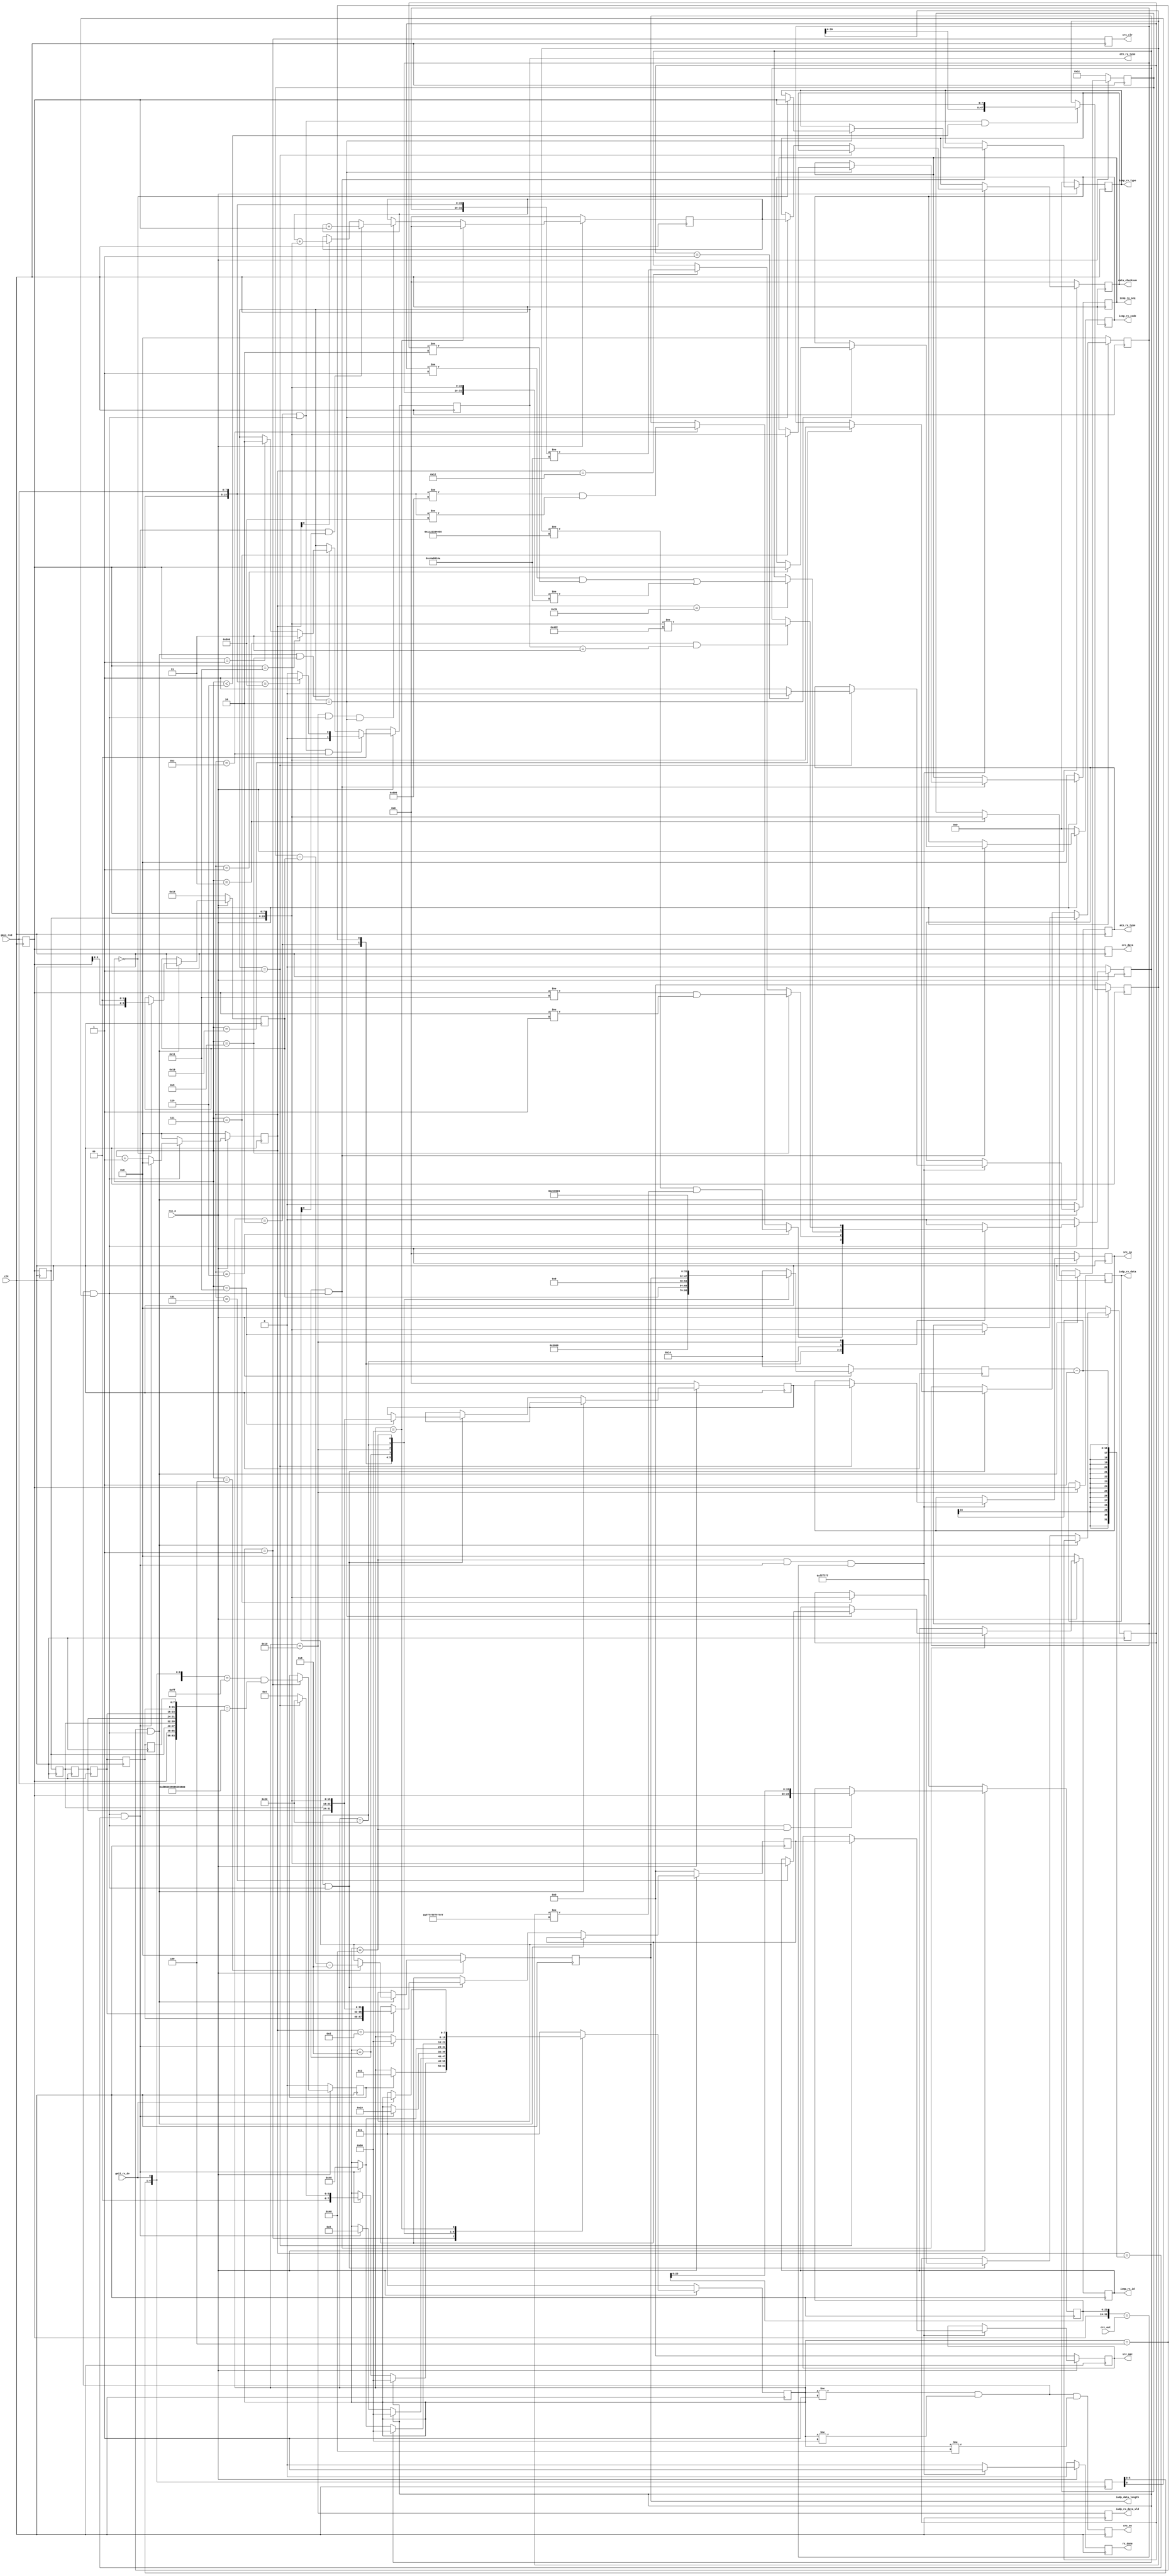
//--###############################################################################################
//--#
//--# File Name		: 
//--# Designer		: zdw
//--# Tool			: Vivado 2021.1
//--# Design Date	: 2024.1.23
//--# Description	: ARPICMPUDP
//--# Version		: 0
//--# Coding scheme	: GBKIf the Chinese comment of the file is garbled, please do not save it and check whether the file is opened in GBK encoding mode
//--#
//--###############################################################################################
module udp_rx #(
    parameter       BOARD_MAC   =   48'h00_11_22_33_44_55       ,//MAC 00-11-22-33-44-55;
    parameter       BOARD_IP    =   {8'd192,8'd168,8'd1,8'd10}  ,//IP 192.168.1.10;
    parameter       BOARD_PORT  =   16'd1234                     //UDP
)(
    input                           clk                         ,//;
    input                           rst_n                       ,//;
    input                           gmii_rx_dv                  ,//GMII
    input           [7 : 0]         gmii_rxd                    ,//GMII

    input           [31 : 0]        crc_out                     ,//CRC;
    output  reg     [7 : 0]         crc_data                    ,//CRC;
    output  reg                     crc_en                      ,//CRC
    output  reg                     crc_clr                     ,//CRC 

    output  reg     [1 : 0]         eth_rx_type                 ,//1ARP2ICMP3UDP
    output  reg                     rx_done                     ,//
    output  reg     [ 7 : 0]        iudp_rx_data                ,//
    output  reg                     iudp_rx_data_vld            ,//
    output  reg     [15 : 0]        iudp_data_length            ,// :byte 
    output  reg     [31 : 0]        data_checksum               ,//ICMP
    output  reg     [7 : 0]         icmp_rx_type                ,//ICMP
    output  reg     [7 : 0]         icmp_rx_code                ,//ICMP
    output  reg     [15 : 0]        icmp_rx_id                  ,//ICMPID
    output  reg     [15 : 0]        icmp_rx_seq                 ,//ICMP
    output  reg     [47 : 0]        src_mac                     ,//ARPMAC
    output  reg     [31 : 0]        src_ip                      ,//ARPIP
    output  reg                     arp_rx_type                  //ARP0
);
    localparam      IDLE        =   8'b0000_0001                ;//
    localparam      ETH_HEAD    =   8'b0000_0010                ;//
    localparam      IP_HEAD     =   8'b0000_0100                ;//IP
    localparam      IUDP_HEAD   =   8'b0000_1000                ;//ICMPUDP
    localparam      IUDP_DATA   =   8'b0001_0000                ;//ICMPUDP
    localparam      ARP_DATA    =   8'b0010_0000                ;//ARP
    localparam      CRC         =   8'b0100_0000                ;//CRC
    localparam      RX_END      =   8'b1000_0000                ;//
    //
    localparam      IP_TPYE     =   16'h0800                    ;// IP
    localparam      ARP_TPYE    =   16'h0806                    ;// ARP
    localparam      ICMP_TYPE   =   8'd01                       ;//ICMP
    localparam      UDP_TYPE    =   8'd17                       ;//UDP
     
    reg                             start                       ;//SFD
    reg                             error_flag                  ;//ARPICMPUDP
    reg             [7 : 0]	        state_n                     ;//
    reg             [7 : 0]	        state_c                     ;//
    reg             [15 : 0]        cnt                         ;//
    reg             [15 : 0]        cnt_num                     ;//
    reg             [5 : 0]         ip_head_byte_num            ;//IP
    reg             [15 : 0]        ip_total_length             ;//IP
    reg             [15 : 0]        des_ip                      ;//IP
    reg             [7 : 0]         gmii_rxd_r      [6 : 0]     ;//
    reg             [6 : 0]         gmii_rx_dv_r                ;
    reg             [23 : 0]        des_crc                     ;//CRC
    reg             [47 : 0]        des_mac                     ;
    reg             [15 : 0]        opcode                      ;
    reg             [47 : 0]        src_mac_t                   ;
    reg             [31 : 0]        src_ip_t                    ;
    reg             [31 : 0]        reply_checksum_add          ;

    wire       		                add_cnt                     ;
    wire       		                end_cnt                     ;
    
    //The first section: synchronous timing always module, formatted to describe the transfer of the secondary register to the live register ?
    always@(posedge clk)begin
        if(!rst_n)begin
            state_c <= IDLE;
        end
        else begin
            state_c <= state_n;
        end
    end
    
    //The second paragraph: The combinational logic always module describes the state transition condition judgment.
    always@(*)begin
        case(state_c)
            IDLE:begin
                if(start)begin//SFD
                    state_n = ETH_HEAD;
                end
                else begin
                    state_n = state_c;
                end
            end
            ETH_HEAD:begin
                if(error_flag)begin//
                    state_n = RX_END;
                end
                else if(end_cnt)begin//
                    if(eth_rx_type == 2'd1)//ARPARP
                        state_n = ARP_DATA;
                    else//IP
                        state_n = IP_HEAD;
                end
                else begin
                    state_n = state_c;
                end
            end
            IP_HEAD:begin
                if(error_flag)begin//IP
                    state_n = RX_END;
                end
                else if(end_cnt)begin//IP
                    state_n = IUDP_HEAD;//ICMPUDP
                end
                else begin
                    state_n = state_c;
                end
            end
            IUDP_HEAD:begin
                if(end_cnt)begin//ICMPUDPICMPUDP
                    state_n = IUDP_DATA;
                end
                else begin
                    state_n = state_c;
                end
            end
            IUDP_DATA:begin
                if(end_cnt)begin//ICMPUDPCRC
                    state_n = CRC;
                end
                else begin
                    state_n = state_c;
                end
            end
            ARP_DATA:begin
                if(error_flag)begin//
                    state_n = RX_END;
                end
                else if(end_cnt)begin//
                    state_n = CRC;
                end
                else begin
                    state_n = state_c;
                end
            end
            CRC:begin
                if(end_cnt)begin//CRC
                    state_n = RX_END;
                end
                else begin
                    state_n = state_c;
                end
            end
            RX_END:begin
                if(~gmii_rx_dv)begin//
                    state_n = IDLE;
                end
                else begin
                    state_n = state_c;
                end
            end
            default:begin
                state_n = IDLE;
            end
        endcase
    end

    //6SFD
    //state_cgmii_rxd_r[0]
    always@(posedge clk)begin
        gmii_rxd_r[6] <= gmii_rxd_r[5];
        gmii_rxd_r[5] <= gmii_rxd_r[4];
        gmii_rxd_r[4] <= gmii_rxd_r[3];
        gmii_rxd_r[3] <= gmii_rxd_r[2];
        gmii_rxd_r[2] <= gmii_rxd_r[1];
        gmii_rxd_r[1] <= gmii_rxd_r[0];
        gmii_rxd_r[0] <= gmii_rxd;
        gmii_rx_dv_r <= {gmii_rx_dv_r[5 : 0],gmii_rx_dv};
    end

    //78'h558'hd5
    always@(posedge clk)begin
        if(rst_n==1'b0)begin//0;
            start <= 1'b0;
        end
        else if(state_c == IDLE)begin
            start <= ({gmii_rx_dv_r,gmii_rx_dv} == 8'hFF) && ({gmii_rxd,gmii_rxd_r[0],gmii_rxd_r[1],gmii_rxd_r[2],gmii_rxd_r[3],gmii_rxd_r[4],gmii_rxd_r[5],gmii_rxd_r[6]} == 64'hD5_55_55_55_55_55_55_55);
        end
    end
    
    //
    always@(posedge clk)begin
        if(rst_n==1'b0)begin//
            cnt <= 0;
        end
        else if(add_cnt)begin
            if(end_cnt)
                cnt <= 0;
            else
                cnt <= cnt + 1;
        end
        else begin//
            cnt <= 0;
        end
    end
    //
    assign add_cnt = (state_c != IDLE) && (state_c != RX_END) && gmii_rx_dv_r[0];
    assign end_cnt = add_cnt && cnt == cnt_num - 1;

    //14byte
    always@(posedge clk)begin
        if(rst_n==1'b0)begin//20;
            cnt_num <= 16'd20;
        end
        else begin
            case(state_c)
                ETH_HEAD : cnt_num <= 16'd14;//14
                IP_HEAD  : cnt_num <= ip_head_byte_num;//IP20
                IUDP_HEAD : cnt_num <= 16'd8;//UDPICMP8
                IUDP_DATA : cnt_num <= iudp_data_length;//UDP
                ARP_DATA  : cnt_num <= 16'd46;//ARP46
                CRC      : cnt_num <= 16'd4;//CRC4
                default: cnt_num <= 16'd20;
            endcase
        end
    end

    //MACMACMAC
    always@(posedge clk)begin
        if(rst_n==1'b0)begin//0;
            des_mac <= 48'd0;
        end
        else if((state_c == ETH_HEAD) && add_cnt && cnt < 16'd6)begin
            des_mac <= {des_mac[39:0],gmii_rxd_r[0]};
        end
    end

    //
    always@(posedge clk)begin
        if(rst_n==1'b0)begin//0;
            error_flag <= 1'b0;
        end
        else if(add_cnt)begin
            case(state_c)
                ETH_HEAD : begin
                    if(cnt == 6)//
                        error_flag <= ((des_mac != BOARD_MAC) && (des_mac != 48'HFF_FF_FF_FF_FF_FF));
                    else if(cnt == 12)//IPARP
                        error_flag <= ({gmii_rxd_r[0],gmii_rxd} != IP_TPYE) && ({gmii_rxd_r[0],gmii_rxd} != ARP_TPYE);
                end
                IP_HEAD : begin
                    if(cnt == 9)//UDPICMP
                        error_flag <= (gmii_rxd_r[0] != UDP_TYPE) && (gmii_rxd_r[0] != ICMP_TYPE);
                    else if(cnt == 16'd18)//IPIP
                        error_flag <= ({des_ip,gmii_rxd_r[0],gmii_rxd} != BOARD_IP);
                end
                ARP_DATA : begin
                    if(cnt == 27)begin//IPARP
                        error_flag <= ((opcode != 16'd1) && (opcode != 16'd2)) || ({des_ip,gmii_rxd_r[1],gmii_rxd_r[0]} != BOARD_IP);
                    end
                end
                IUDP_DATA : begin
                    if((cnt == 3) && (eth_rx_type == 2'd3))begin//UDP
                        error_flag <= ({gmii_rxd_r[1],gmii_rxd_r[0]} != BOARD_PORT);
                    end
                end
                default: error_flag <= 1'b0;
            endcase
        end
        else begin
            error_flag <= 1'b0;
        end
    end

    //
    always@(posedge clk)begin
        if(rst_n==1'b0)begin//0;
            eth_rx_type <= 2'd0;
        end//ARP
        else if(state_c == ETH_HEAD && add_cnt && cnt == 12)begin
            if({gmii_rxd_r[0],gmii_rxd} == ARP_TPYE)begin
                eth_rx_type <= 1;
            end
            else begin
                eth_rx_type <= 0;
            end
        end
        else if(state_c == IP_HEAD && add_cnt && cnt == 9)begin
            if(gmii_rxd_r[0] == UDP_TYPE)//UDP
                eth_rx_type <= 3;
            else if(gmii_rxd_r[0] == ICMP_TYPE)//ICMP
                eth_rx_type <= 2;
        end
    end
    
    //IPARP
    always@(posedge clk)begin
        if(rst_n==1'b0)begin//0;
            ip_head_byte_num <= 6'd20;
            ip_total_length <= 16'd28;
            des_ip <= 16'd0;
            iudp_data_length <= 16'd0;
            opcode <= 16'd0;//ARPOP
            src_mac_t <= 48'd0;//ARPMAC
            src_ip_t <= 32'd0;//ARPIP
        end
        else if(state_c == IP_HEAD && add_cnt)begin
            case(cnt)
                16'd0 : ip_head_byte_num <= {gmii_rxd_r[0][3:0],2'd0};//IP
                16'd3 : ip_total_length <= {gmii_rxd_r[1],gmii_rxd_r[0]};//IP
                16'd4 : iudp_data_length <= ip_total_length - ip_head_byte_num - 8;//UDPUDP8
                16'd17: des_ip <= {gmii_rxd_r[1],gmii_rxd_r[0]};//IP
                default: ;
            endcase
        end
        else if(state_c == ARP_DATA && add_cnt)begin
            case(cnt)
                16'd7 : opcode <= {gmii_rxd_r[1],gmii_rxd_r[0]};//;
                16'd13 : src_mac_t <= {gmii_rxd_r[5],gmii_rxd_r[4],gmii_rxd_r[3],gmii_rxd_r[2],gmii_rxd_r[1],gmii_rxd_r[0]};//MAC;
                16'd17 : src_ip_t <= {gmii_rxd_r[3],gmii_rxd_r[2],gmii_rxd_r[1],gmii_rxd_r[0]};//IP;
                16'd25 : des_ip <= {gmii_rxd_r[1],gmii_rxd_r[0]};//IP16
                default: ;
            endcase
        end
    end
    
    //ICMPUDP
    always@(posedge clk)begin
        if(rst_n==1'b0)begin//0;
            icmp_rx_type <= 8'd0;//ICMP
            icmp_rx_code <= 8'd0;//ICMP
            icmp_rx_id <= 16'd0;//ICMP
            icmp_rx_seq <= 16'd0;//ICMP
        end
        else if(state_c == IUDP_HEAD && add_cnt)begin
            if(eth_rx_type == 2'd2)//ICMP
                case(cnt)
                    16'd0 : icmp_rx_type <= gmii_rxd_r[0];//ICMP
                    16'd1 : icmp_rx_code <= gmii_rxd_r[0];//ICMP
                    16'd5 : icmp_rx_id <= {gmii_rxd_r[1],gmii_rxd_r[0]};//ICMPID
                    16'd7 : icmp_rx_seq <= {gmii_rxd_r[1],gmii_rxd_r[0]};//ICMP
                    default: ;
                endcase
        end
    end

    //ICMPUDP
    always@(posedge clk)begin
        iudp_rx_data <= (state_c == IUDP_DATA) ? gmii_rxd_r[0] : iudp_rx_data;//UDP
        iudp_rx_data_vld <= (state_c == IUDP_DATA);//
    end
    
    //CRC
    always@(posedge clk)begin
        crc_data <= gmii_rxd_r[0];//CRC
        crc_clr <= (state_c == IDLE);//CRC
        crc_en <= (state_c != IDLE) && (state_c != RX_END) && (state_c != CRC);//CRC
    end

    //PCCRC
    always@(posedge clk)begin
        if(rst_n==1'b0)begin//0;
            des_crc <= 24'hff_ff_ff;
        end
        else if(add_cnt && state_c == CRC)begin//
            des_crc <= {gmii_rxd_r[0],des_crc[23:8]};
        end
    end

    //ICMP
    always@(posedge clk)begin
        if(rst_n==1'b0)begin//0;
            reply_checksum_add <= 32'd0;
        end
        else if(state_c == RX_END)begin//
            reply_checksum_add <= 32'd0;
        end
        else if(state_c == IUDP_DATA && add_cnt && eth_rx_type == 2'd2)begin
            if(end_cnt && iudp_data_length[0])begin//(1)
                reply_checksum_add <= reply_checksum_add + {8'd0,gmii_rxd_r[0]};
            end
            else if(cnt[0])//
                reply_checksum_add <= reply_checksum_add + {gmii_rxd_r[1],gmii_rxd_r[0]};
        end
    end

    //
    always@(posedge clk)begin
        if(rst_n==1'b0)begin//0;
            rx_done <= 1'b0;//
            src_mac <= 48'd0;//ARPMAC
            src_ip <= 32'd0;//ARPIP
            arp_rx_type <= 1'b0;
            data_checksum <= 32'd0;//ICMP
        end//CRCUDPUDP
        else if(state_c == CRC && end_cnt && ({gmii_rxd_r[0],des_crc[23:0]} == crc_out))begin//CRC
            if(eth_rx_type == 2'd1)begin//ARP
                src_mac <= src_mac_t;//MAC
                src_ip <= src_ip_t;//IP
                arp_rx_type <= (opcode == 16'd1) ? 1'b0 : 1'b1;//ARP
            end
            else begin//IP
                data_checksum <= (eth_rx_type == 2'd2) ? reply_checksum_add : data_checksum;//ICMP
            end
            rx_done <= 1'b1;//
        end
        else begin
            rx_done <= 1'b0;
        end
    end

endmodule